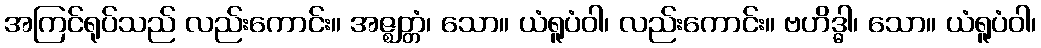
အကြင်ရုပ်သည် လည်းကောင်း။ အဇ္ဈတ္တံ၊ သော။ ယံရူပံဝါ၊ လည်းကောင်း။ ဗဟိဒ္ဓါ၊ သော။ ယံရူပံဝါ၊